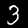
Label: 3